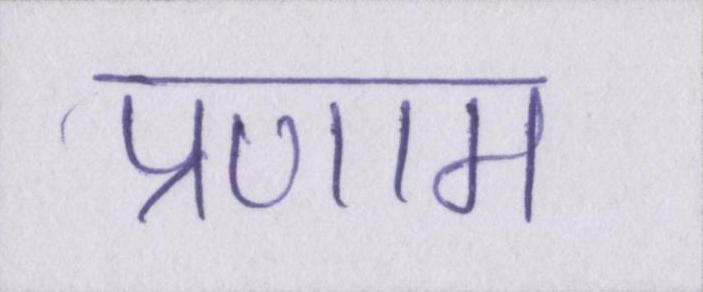
प्रणाम